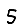
Digit: 5